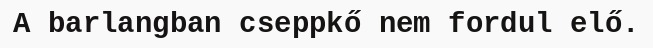
A barlangban cseppkő nem fordul elő.